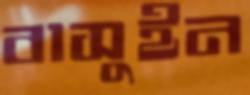
বাসুইন